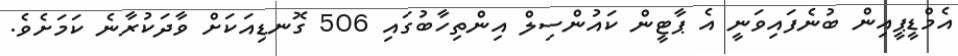
އެމްޑީޕީއިން ބުނެފައިވަނީ އެ ޕާޓީން ކައުންސިލް އިންތިހާބުގައި 506 ގޮނޑިއަކަށް ވާދަކުރާނެ ކަމަށެވެ.